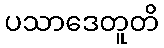
ပသာဒေတူတိ